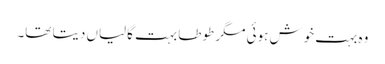
وہ بہت خوش ہوئی مگر طوطا بہت گالیاں دیتا تھا۔